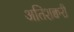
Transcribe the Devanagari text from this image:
अतिशक्वरी